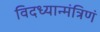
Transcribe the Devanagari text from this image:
विदध्यान्मंत्रिणं